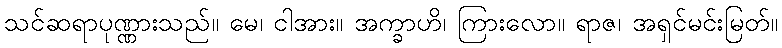
သင်ဆရာပုဏ္ဏားသည်။ မေ၊ ငါအား။ အက္ခာဟိ၊ ကြားလော။ ရာဇ၊ အရှင်မင်းမြတ်။